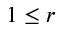
1 \le r